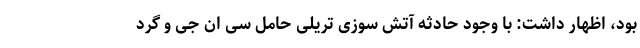
بود، اظهار داشت: با وجود حادثه آتش سوزی تریلی حامل سی ان جی و گرد